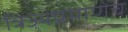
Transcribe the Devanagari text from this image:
त्रिज्येप्रमाणेच